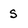
Character: S